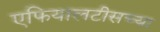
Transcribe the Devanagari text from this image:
एफियालटीसच्या